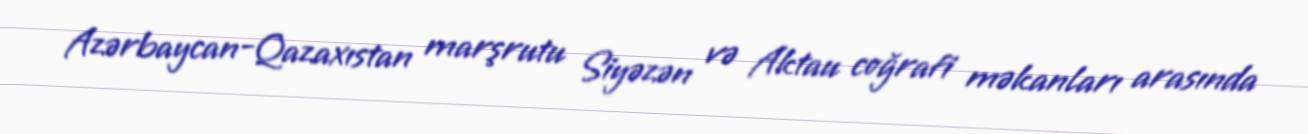
Azərbaycan-Qazaxıstan marşrutu Siyəzən və Aktau coğrafi məkanları arasında